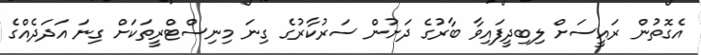
އެގޮތުން ރައީސަށް ލިބިދީފައިވާ ބާރުގެ ދަށުން ސަރުކާރުގެ ގިނަ މިނިސްޓްރީތަކަށް ގިނަ އަދަދެއްގެ